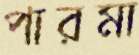
পারমা